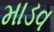
માડવ